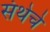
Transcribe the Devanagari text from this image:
संथेचे